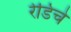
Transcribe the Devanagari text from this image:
रेडिचे